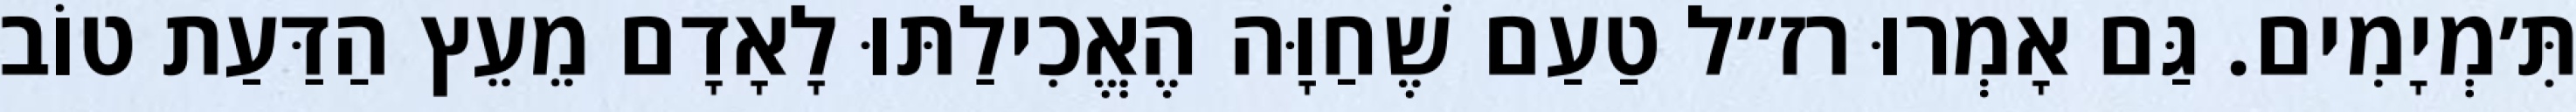
תִּ׳מְיָמִים. גַּם אָמְרוּ רז״ל טַעַם שֶׁחַוָּה הֶאֱכִילַתּוּ לָאָדָם מֵעֵץ הַדַּעַת טוֹב